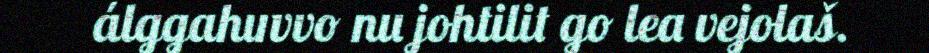
álggahuvvo nu johtilit go lea vejolaš.